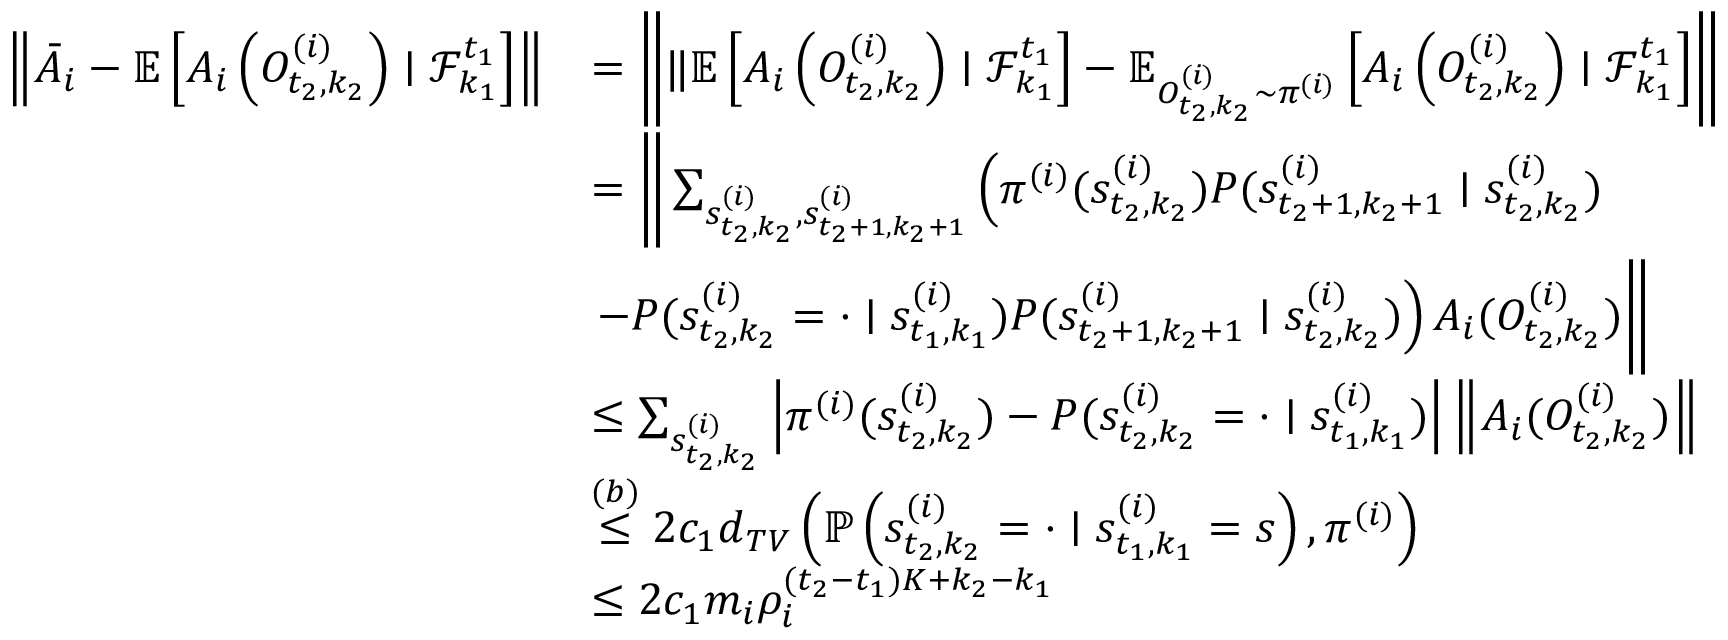
\begin{array} { r l } { \left\| \bar { A } _ { i } - \mathbb { E } \left[ A _ { i } \left( O _ { t _ { 2 } , k _ { 2 } } ^ { ( i ) } \right) \mid \mathcal { F } _ { k _ { 1 } } ^ { t _ { 1 } } \right] \right\| } & { = \left\| \lVert \mathbb { E } \left[ A _ { i } \left( O _ { t _ { 2 } , k _ { 2 } } ^ { ( i ) } \right) \mid \mathcal { F } _ { k _ { 1 } } ^ { t _ { 1 } } \right] - \mathbb { E } _ { O _ { t _ { 2 } , k _ { 2 } } ^ { ( i ) } \sim \pi ^ { ( i ) } } \left[ A _ { i } \left( O _ { t _ { 2 } , k _ { 2 } } ^ { ( i ) } \right) \mid \mathcal { F } _ { k _ { 1 } } ^ { t _ { 1 } } \right] \right\| } \\ & { = \Bigg \lVert \sum _ { s _ { t _ { 2 } , k _ { 2 } } ^ { ( i ) } , s _ { t _ { 2 } + 1 , k _ { 2 } + 1 } ^ { ( i ) } } \left( \pi ^ { ( i ) } ( s _ { t _ { 2 } , k _ { 2 } } ^ { ( i ) } ) P ( s _ { t _ { 2 } + 1 , k _ { 2 } + 1 } ^ { ( i ) } \mid s _ { t _ { 2 } , k _ { 2 } } ^ { ( i ) } ) \right. } \\ & { \left. - P ( s _ { t _ { 2 } , k _ { 2 } } ^ { ( i ) } = \cdot \mid s _ { t _ { 1 } , k _ { 1 } } ^ { ( i ) } ) P ( s _ { t _ { 2 } + 1 , k _ { 2 } + 1 } ^ { ( i ) } \mid s _ { t _ { 2 } , k _ { 2 } } ^ { ( i ) } ) \right) A _ { i } ( O _ { t _ { 2 } , k _ { 2 } } ^ { ( i ) } ) \Bigg \rVert } \\ & { \leq \sum _ { s _ { t _ { 2 } , k _ { 2 } } ^ { ( i ) } } \left| \pi ^ { ( i ) } ( s _ { t _ { 2 } , k _ { 2 } } ^ { ( i ) } ) - P ( s _ { t _ { 2 } , k _ { 2 } } ^ { ( i ) } = \cdot \mid s _ { t _ { 1 } , k _ { 1 } } ^ { ( i ) } ) \right| \left\| A _ { i } ( O _ { t _ { 2 } , k _ { 2 } } ^ { ( i ) } ) \right\| } \\ & { \stackrel { ( b ) } \le 2 c _ { 1 } d _ { T V } \left( \mathbb { P } \left( s _ { t _ { 2 } , k _ { 2 } } ^ { ( i ) } = \cdot \mid s _ { t _ { 1 } , k _ { 1 } } ^ { ( i ) } = s \right) , \pi ^ { ( i ) } \right) } \\ & { \le 2 c _ { 1 } m _ { i } \rho _ { i } ^ { ( t _ { 2 } - t _ { 1 } ) K + k _ { 2 } - k _ { 1 } } } \end{array}